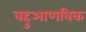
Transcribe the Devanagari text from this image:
बहुआणविक